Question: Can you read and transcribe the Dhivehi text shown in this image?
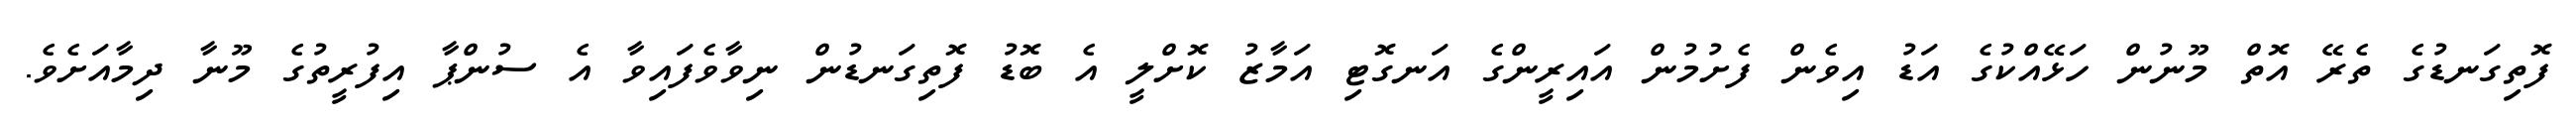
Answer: ފޮތިގަނޑުގެ ތެރޭ އޮތް މޫނުން ހަޅޭއްކުގެ އަޑު އިވެން ފެށުމުން އައިރީންގެ އަނގޮޓި އަމާޒު ކޮށްލީ އެ ބޮޑު ފޮތިގަނޑުން ނިވާވެފައިވާ އެ ސުންޕާ އިފުރީތުގެ މޫނާ ދިމާއަށެވެ.